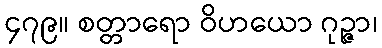
၄၇၉။ စတ္တာရော ဝိဟယော ဂုဉ္ဇာ၊